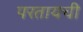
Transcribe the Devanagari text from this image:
परतायची